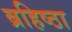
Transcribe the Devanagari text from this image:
ब्रहिष्ठा